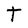
Character: t